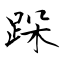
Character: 跺